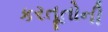
કરતૂતોની